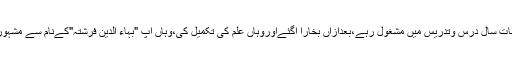
وہاں سات سال درس وتدریس میں مشغول رہے،بعدازاں بخارا آگئےاوروہاں علم کی تکمیل کی،وہاں آپ "بہاء الدین فرشتہ"کےنام سے مشہورہوئے۔